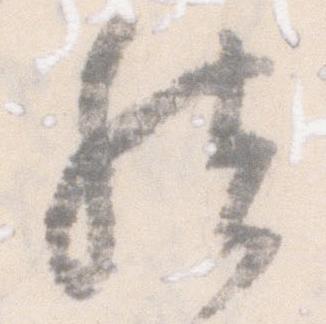
然